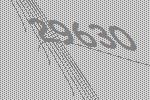
29630